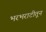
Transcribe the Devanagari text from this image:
भरभराटीतून